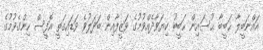
އައްނަބީލާ ޙަބީބާ ޙުސައިން ޙަބީބު ކިޔަވާދެއްވުމުގެ ވަޒީފާއިން ބަދަލުވެ ވަޑައިގަތީ އޮފީސް ހިންގެވުމުގެ